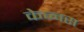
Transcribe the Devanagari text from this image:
केन्वस